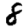
Digit: 8